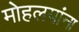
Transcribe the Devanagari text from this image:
माेहलयांना